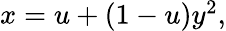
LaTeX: \begin{array}{r}{x=u+(1-u)y^{2},}\end{array}